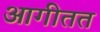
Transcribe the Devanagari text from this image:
आगीतत